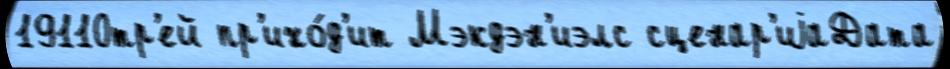
19110тр'ей пр'ихо́д'ит Мэкдэн'иэлс сценар'иjаДата